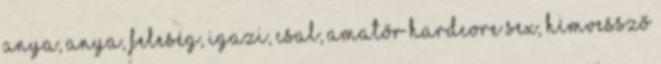
anya, anya, feleség, igazi, csal, amatőr hardcore sex, hímvessző